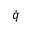
\dot { q }